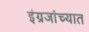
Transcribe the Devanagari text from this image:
इंग्रजांच्यात